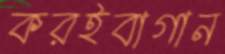
করইবাগান